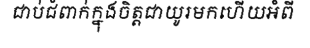
ជាប់ជំពាក់ក្នុងចិត្តជាយូរមកហើយអំពី